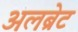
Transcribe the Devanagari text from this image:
अलब्रेट